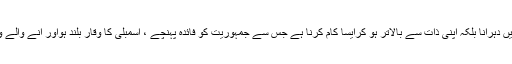
سپیکر پنجاب اسمبلی نے مزیدکہا کہ ہمیں ماضی کی روایات کو نہیں دہرانا بلکہ اپنی ذات سے بالاتر ہو کرایسا کام کرنا ہے جس سے جمہوریت کو فائدہ پہنچے ، اسمبلی کا وقار بلند ہواور آنے والے وقتوں میں پنجاب اسمبلی اور دوسری اسمبلیوں کے لئے مثال قائم ہو۔